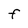
Character: F